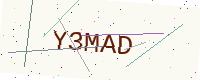
Text: Y3MAD